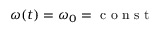
\omega ( t ) = \omega _ { 0 } = \mathrm { ~ c ~ o ~ n ~ s ~ t ~ }